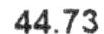
44.73